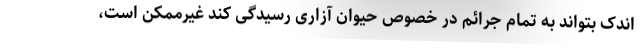
اندک بتواند به تمام جرائم در خصوص حیوان آزاری رسیدگی کند غیرممکن است،